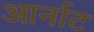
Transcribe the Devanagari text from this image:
आर्नाट